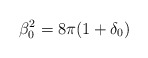
\begin{align*}\beta_0^2=8\pi(1+\delta_0)\end{align*}